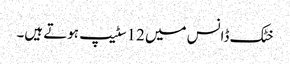
خٹک ڈانس میں 12سٹیپ ہوتے ہیں۔